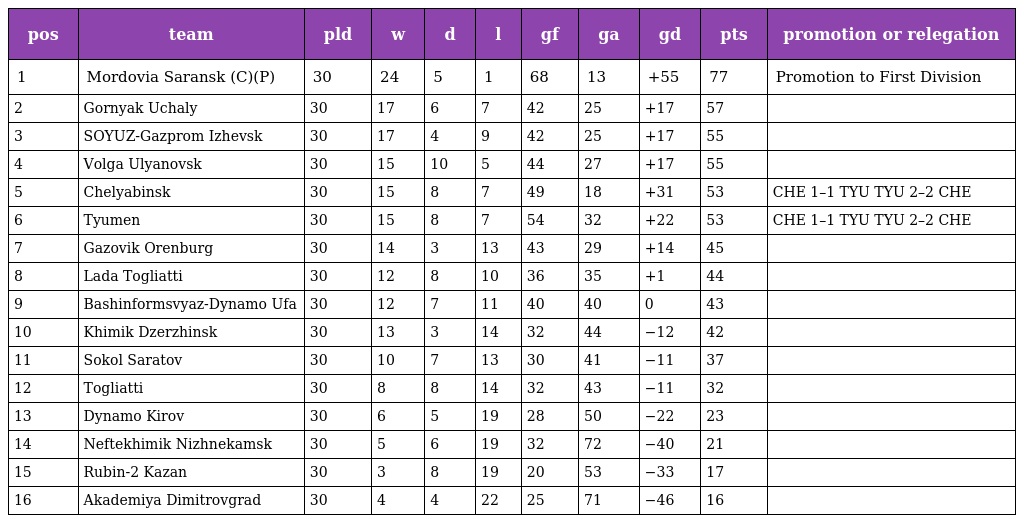
| pos | team | pld | w | d | l | gf | ga | gd | pts | promotion or relegation |
 | --- | --- | --- | --- | --- | --- | --- | --- | --- | --- | --- |
 | 1 | Mordovia Saransk (C)(P) | 30 | 24 | 5 | 1 | 68 | 13 | +55 | 77 | Promotion to First Division |
 | 2 | Gornyak Uchaly | 30 | 17 | 6 | 7 | 42 | 25 | +17 | 57 |  |
 | 3 | SOYUZ-Gazprom Izhevsk | 30 | 17 | 4 | 9 | 42 | 25 | +17 | 55 |  |
 | 4 | Volga Ulyanovsk | 30 | 15 | 10 | 5 | 44 | 27 | +17 | 55 |  |
 | 5 | Chelyabinsk | 30 | 15 | 8 | 7 | 49 | 18 | +31 | 53 | CHE 1–1 TYU TYU 2–2 CHE |
 | 6 | Tyumen | 30 | 15 | 8 | 7 | 54 | 32 | +22 | 53 | CHE 1–1 TYU TYU 2–2 CHE |
 | 7 | Gazovik Orenburg | 30 | 14 | 3 | 13 | 43 | 29 | +14 | 45 |  |
 | 8 | Lada Togliatti | 30 | 12 | 8 | 10 | 36 | 35 | +1 | 44 |  |
 | 9 | Bashinformsvyaz-Dynamo Ufa | 30 | 12 | 7 | 11 | 40 | 40 | 0 | 43 |  |
 | 10 | Khimik Dzerzhinsk | 30 | 13 | 3 | 14 | 32 | 44 | −12 | 42 |  |
 | 11 | Sokol Saratov | 30 | 10 | 7 | 13 | 30 | 41 | −11 | 37 |  |
 | 12 | Togliatti | 30 | 8 | 8 | 14 | 32 | 43 | −11 | 32 |  |
 | 13 | Dynamo Kirov | 30 | 6 | 5 | 19 | 28 | 50 | −22 | 23 |  |
 | 14 | Neftekhimik Nizhnekamsk | 30 | 5 | 6 | 19 | 32 | 72 | −40 | 21 |  |
 | 15 | Rubin-2 Kazan | 30 | 3 | 8 | 19 | 20 | 53 | −33 | 17 |  |
 | 16 | Akademiya Dimitrovgrad | 30 | 4 | 4 | 22 | 25 | 71 | −46 | 16 |  |